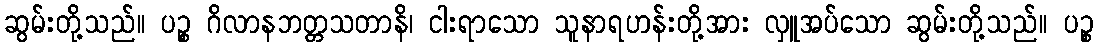
ဆွမ်းတို့သည်။ ပဉ္စ ဂိလာနဘတ္တသတာနိ၊ ငါးရာသော သူနာရဟန်းတို့အား လှူအပ်သော ဆွမ်းတို့သည်။ ပဉ္စ